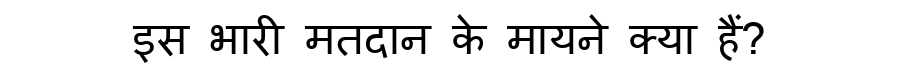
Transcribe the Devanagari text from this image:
इस भारी मतदान के मायने क्या हैं?